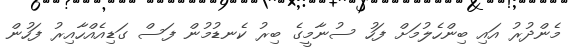
މެންދުރު އައި ބިންހެލުމަށް ފަހު ސުނާމީގެ ބިރު ކެނޑުމުން ފަސް ގަޑިއެއްހާއިރު ފަހުން